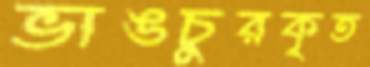
ভাঙচুরকৃত